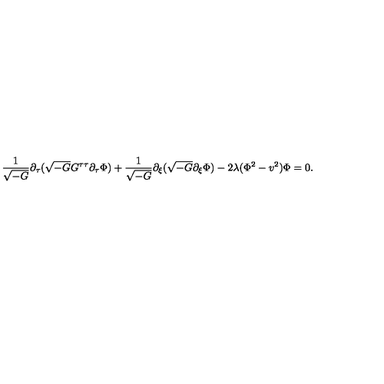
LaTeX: \frac { 1 } { \sqrt { - G } } \partial _ { \tau } ( \sqrt { - G } G ^ { \tau \tau } \partial _ { \tau } \Phi ) + \frac { 1 } { \sqrt { - G } } \partial _ { \xi } ( \sqrt { - G } \partial _ { \xi } \Phi ) - 2 \lambda ( \Phi ^ { 2 } - v ^ { 2 } ) \Phi = 0 .